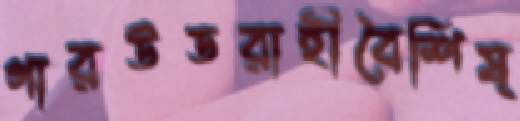
গারউডরাহীবৈশিষ্